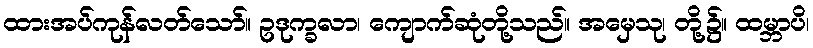
ထားအပ်ကုန်လတ်သော်။ ဥဒုက္ခလာ၊ ကျောက်ဆုံတို့သည်။ အမှေသု၊ တို့၌။ ထမ္ဘာပိ၊